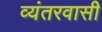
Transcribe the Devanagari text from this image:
व्यंतरवासी